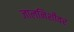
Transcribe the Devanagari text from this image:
जालनिशीवर